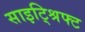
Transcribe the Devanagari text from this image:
साइट्श्रिफ्ट